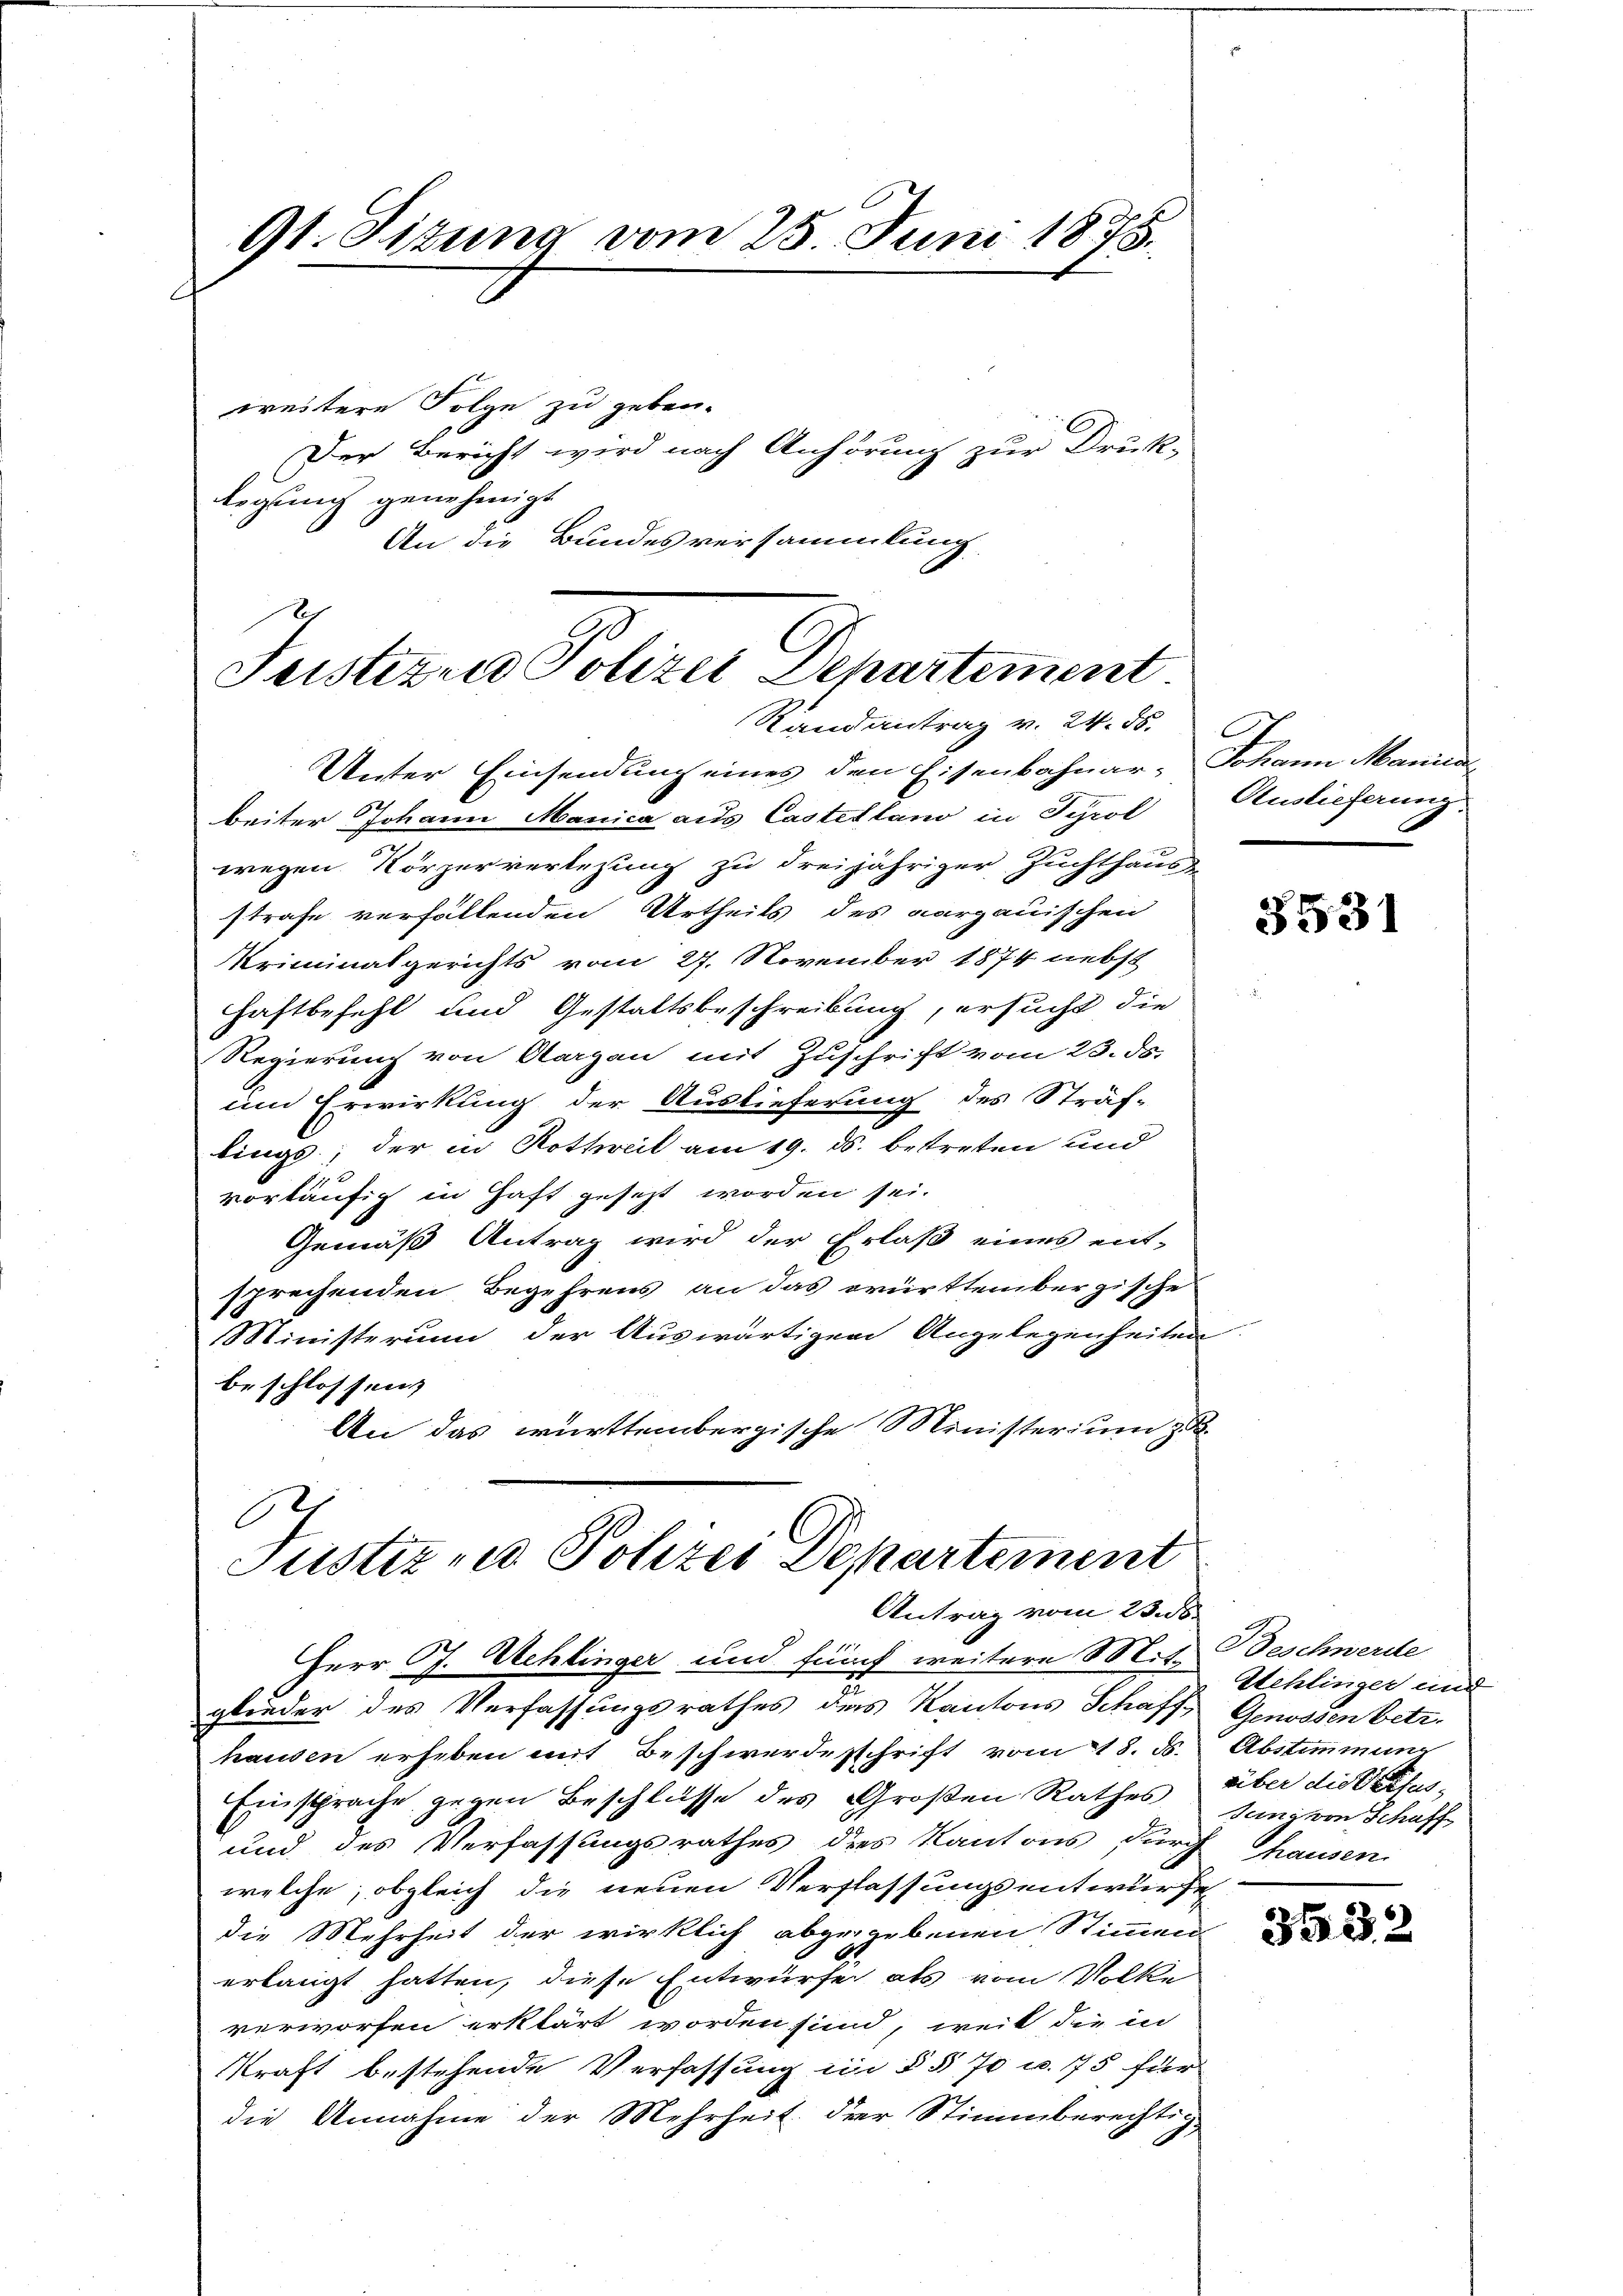
9t. Situng vom 25. Juni 1878.

weitere Folge zu geben.
Der Bericht wird nach Anhörung zur Druk
legung genehmigt.
An die Bundesversammlung

r
Justizen Polizei Departement
Randantrag v. 24. 56.

Unter Einsendung eines den Eisenbahnar- Johann Manen
beiter Johann Manica aus Castellano in Tyrol Auslieferung
wegen Körperverlegung zu dreijähriger Zuchthaus-
strafe verfallenden Urtheils des aargauischen
Kriminalgerichts vom 27. November 1874 nebst
haftbefehl und Gestaltsbeschreibung, ersucht die
Regierung von Aargau mit Zuschrift vom 23. ds.
um Erwirkung der Auslieferung des Sträf-
lings; der in Rothweil am 19. ds. betreten und
vorläufig in Haft gesezt worden sei.
Gemäß Antrag wird der Erlaß eines ent-
sprechenden Begehrens an das württembergische
Ministerium der Auswärtigen Angelegenheiten
beschlossen:
An das württembergische Ministerium zu

6
Justiz und Polizei Departement
Antrag vom 23. ds.

Herr G. Schlinger und furch weitere Mit Beschwerde
glieder des Verfassungsrathes das Kantons Schaffhausen erheben mit Beschwerde schrift vom 18. 85.
Einsprache gegen Beschlüsse des Großen Rathes
und des Verfassungsrathes des Kantons Furch
welche, obgleich die neuen Verflassungsentwurfe
die Mehrheit der wirklich abgegebenen Stimmen
erlangt hatten, diese Entwürfe als vom Volke
verworfen erklärt worden sind, weil die in
kraft bestehende Verfassung in §§ 70 u. 75 für
die Annahme der Mehrheit der Stimmberechtig-

3531

Stehlinger und
Genossen betr.
Abstimmung
über die Pactus,
Juni von Schaff
hausen.

3332